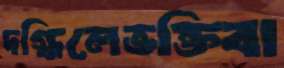
দগ্ধিলেভক্তিবা